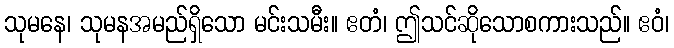
သုမနေ၊ သုမနအမည်ရှိသော မင်းသမီး။ ဧတံ၊ ဤသင်ဆိုသောစကားသည်။ ဧဝံ၊